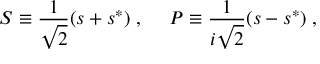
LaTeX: S \equiv \frac { 1 } { \sqrt { 2 } } ( s + s ^ { * } ) \; , ~ ~ ~ ~ P \equiv \frac { 1 } { i \sqrt { 2 } } ( s - s ^ { * } ) \; ,